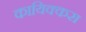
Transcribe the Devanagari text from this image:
कायिक्करा